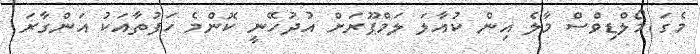
މެގަ މޯލްޑިވްސް މާލެ އިން ކުއާލަ ލަމްޕޫރަށް އުދުހޭނީ ކޮންމެ ހަފުތާއަކު އަންގާރަ